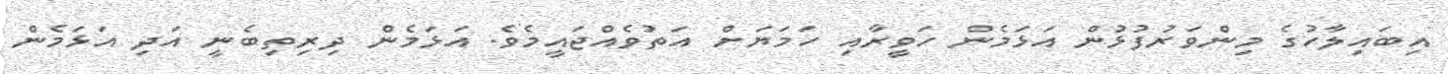
އިބައިލާހުގެ މިންވަރުފުޅުން އަޅަމެން ހަވީރާއި ހަމަޔަށް އަތުވެއްޖައީމެވެ. އަޅަމެން ދިރިތިބެނީ އަދި އަޅަމެން